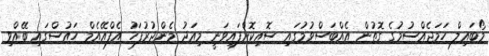
މޯބައިލް ހަމަޖެއްސުމުގެ ގޮތުން އެއްބަސްވުމުގައި ސޮއިކޮށްފައިވަނީ މިއަދު މެންދުރުފަހު އެފްއޭއެމް ހައުސްގައި ބޭއްވި